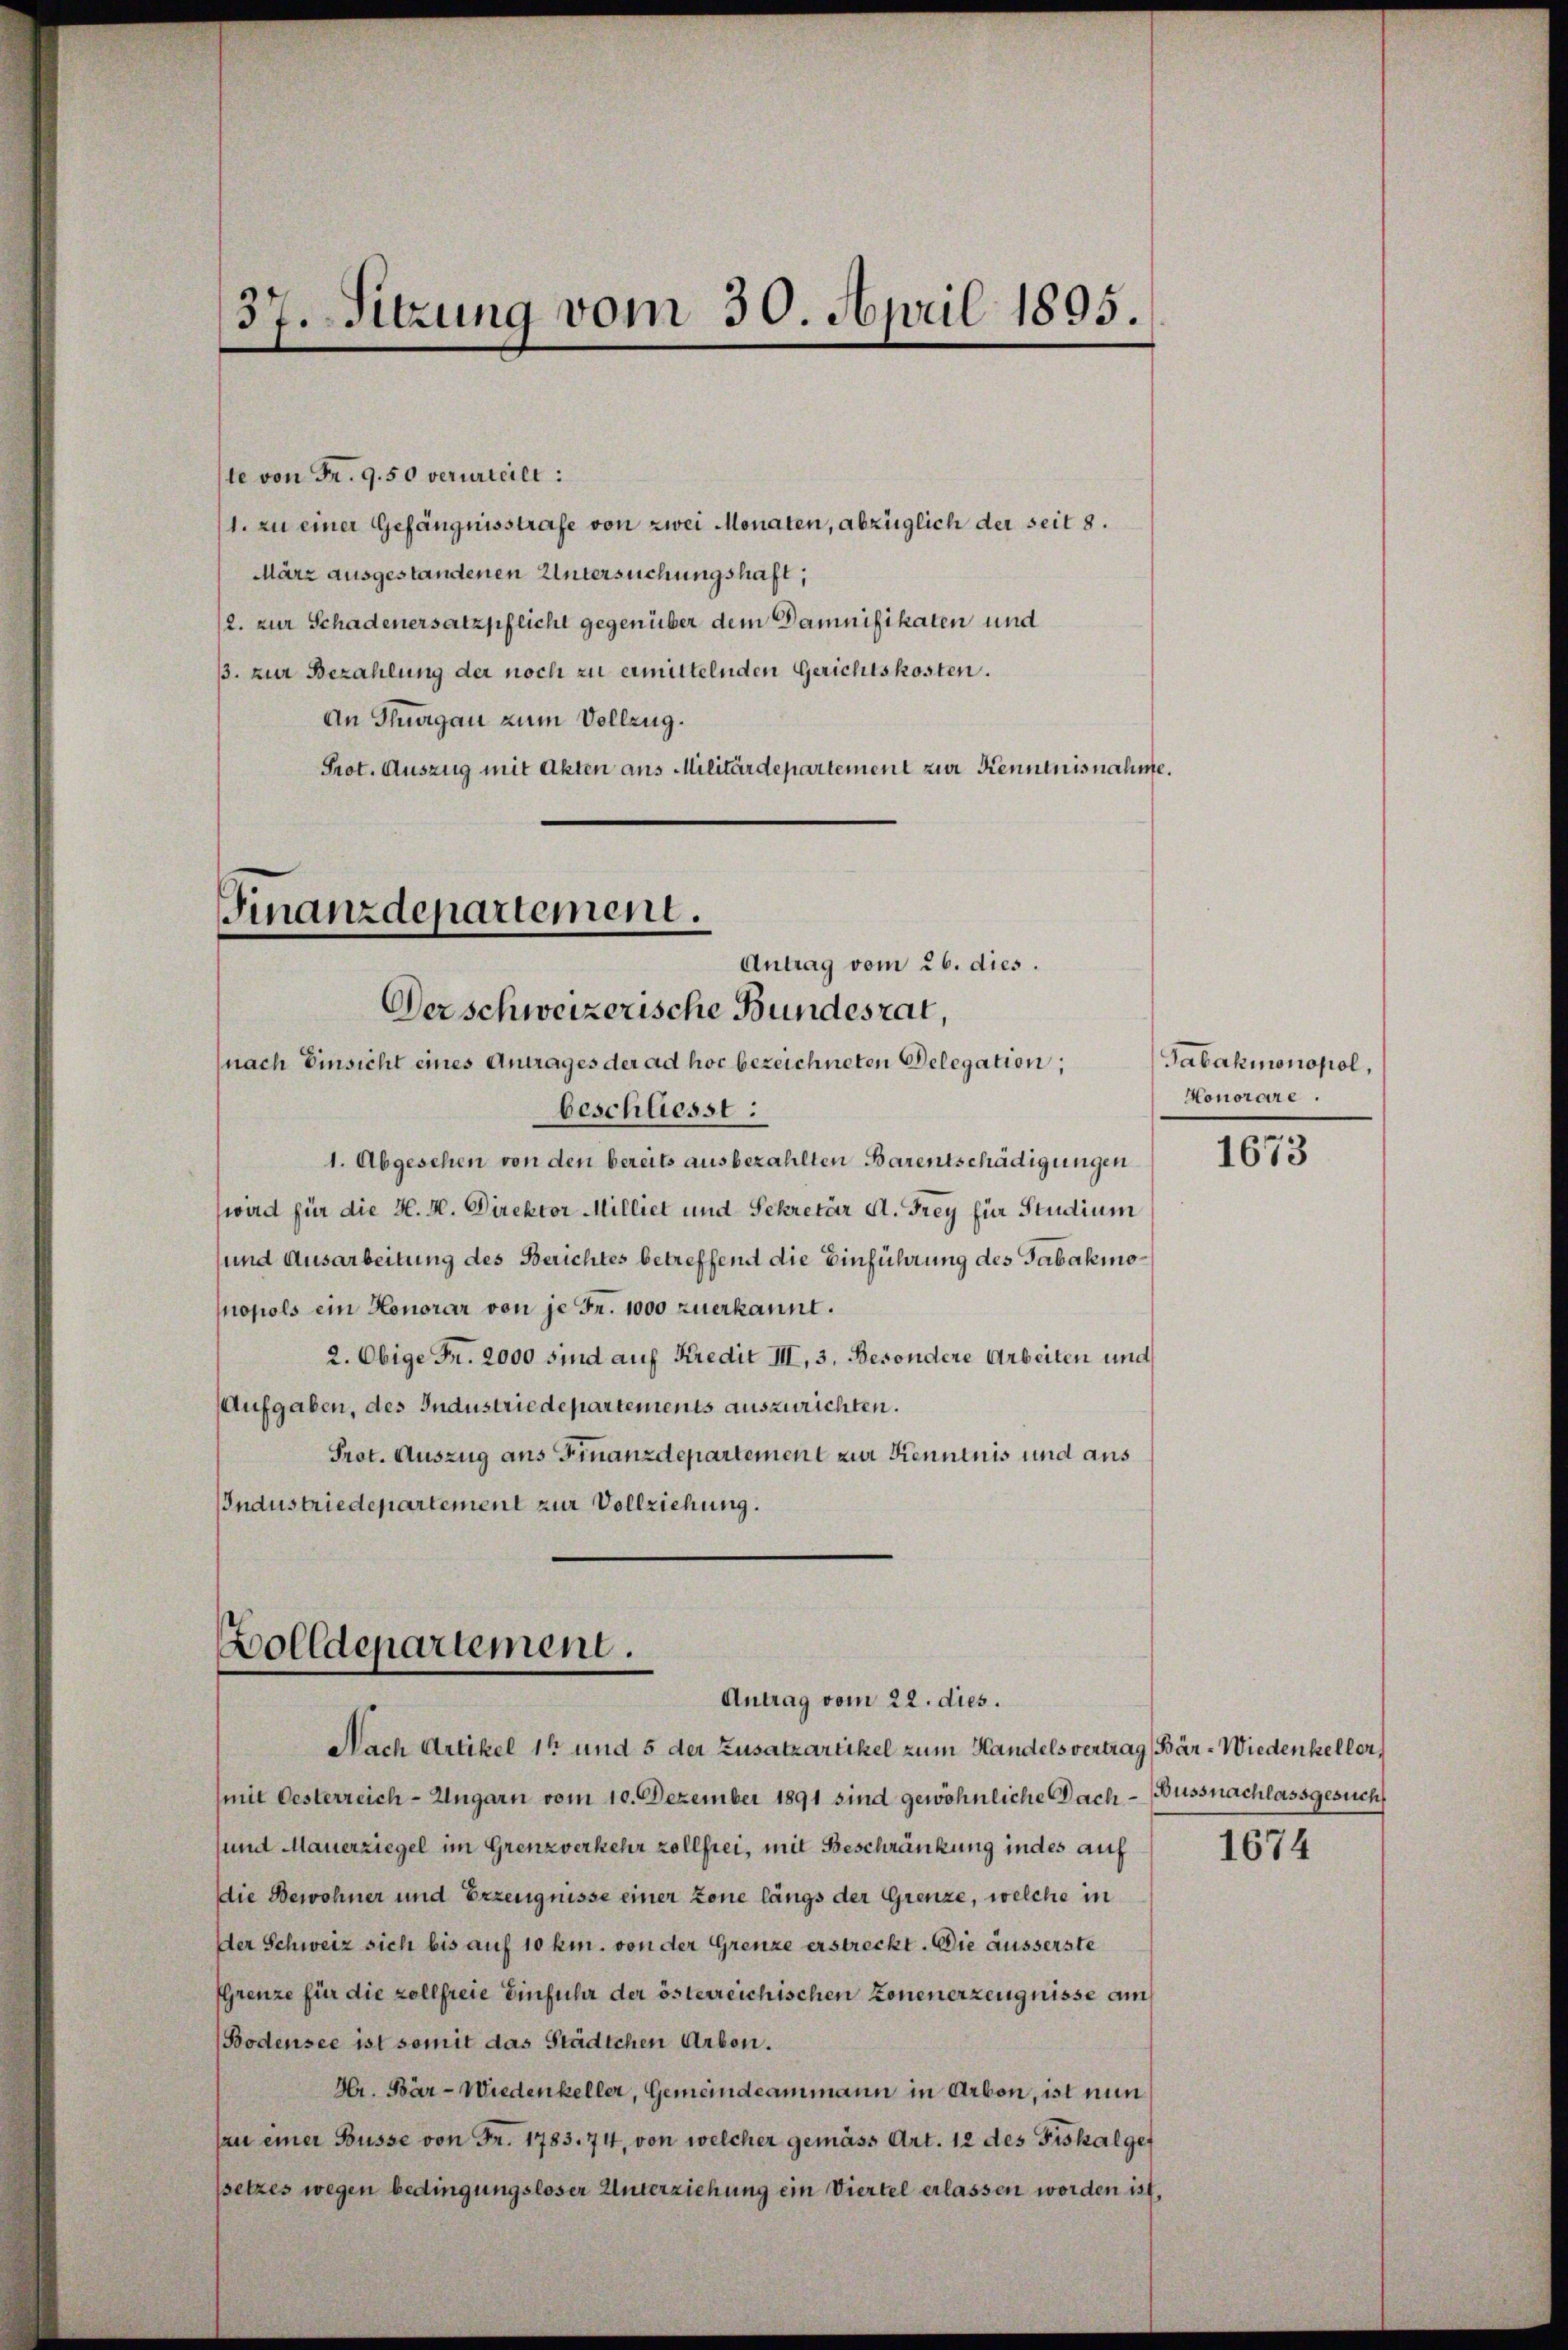
37. Sitzung vom 30. April 1895.

ste von Fr. 9. 50 verurteilt:
1. zu einer Gefängnisstrafe von zwei Monaten, abzüglich der seit 8.
März ausgestandenen Untersuchungshaft,
2. zur Schadenersatzpflicht gegenüber dem Damnifikaten und
3. zur Bezahlung der noch zu ermittelnden Gerichtskosten.
An Thurgau zum Vollzug.
Prot. Auszug mit Akten aus Militärdepartement zur Kenntnisnahme

Finanzdepartement.
Antrag vom 26. dies.
Der schweizerische Bundesrat,
(nach Einsicht eines Antrages der ad hoc bezeichneten Delegation;

beschliesst:
1. Abgesehen von den bereits ausbezahlten Barentschädigungen
wird für die H. H. Direktor Milliet und Sekretär A. Frey für Studium
und Ausarbeitung des Berichtes betreffend die Einführung des Tabakmo¬
Mopols ein Honorar von je Fr. 1000 zuerkannt.
2. Obige Fr. 2000 sind auf Kredit III, 3. Besondere Arbeiten und
Aufgaben, des Industriedepartements auszurichten.
Prot. Auszug aus Finanzdepartement zur Kenntnis und aus
Industriedepartement zur Vollziehung.

olldepartement.
Antrag vom 22. dies.

Nach Artikel 14 und 5 der Zusatzartikel zum Handelsvertrag, Bär-Wiedenheller,
mit Oesterreich-Ungarn vom 10. Dezember 1891 sind gewöhnliche Dach¬
und Mauerziegel im Grenzverkehr zollfrei, mit Beschränkung indes auf
die Bewohner und Erzeugnisse einer zone längs der Grenze, welche in
Der Schweiz sich bis auf 10 km. von der Grenze erstreckt. Die äusserste
Grenze für die zollfreie Einfuhr der österreichischen Zonenerzeugnisse am
Bodensee ist somit das Städtchen Arbon.
Hr. Bär - Wiedenkeller, Gemeindeammann in Arbon, ist nun
an einer Busse von Fr. 1783. 74, von welcher gemäss Art. 12 des Fiskalgef
setzes wegen bedingungsloser Unterziehung ein Viertel erlassen worden ist,

Tabakmonopol,
Honorare.

1673

Bussnachlassgesuch

1674